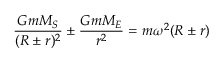
{ \frac { G m M _ { S } } { ( R \pm r ) ^ { 2 } } } \pm { \frac { G m M _ { E } } { r ^ { 2 } } } = m \omega ^ { 2 } ( R \pm r )